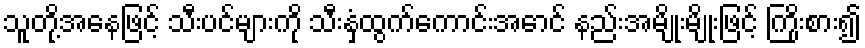
သူတို့အနေဖြင့် သီးပင်များကို သီးနှံထွက်ကောင်းအောင် နည်းအမျိုးမျိုးဖြင့် ကြိုးစား၍